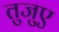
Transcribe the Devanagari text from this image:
तुजुए